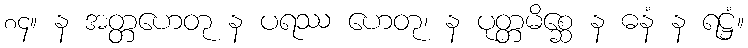
၈၄။ န အတ္တဟေတု န ပရဿ ဟေတု၊ န ပုတ္တမိစ္ဆေ န ဓနံ န ရဋ္ဌံ။